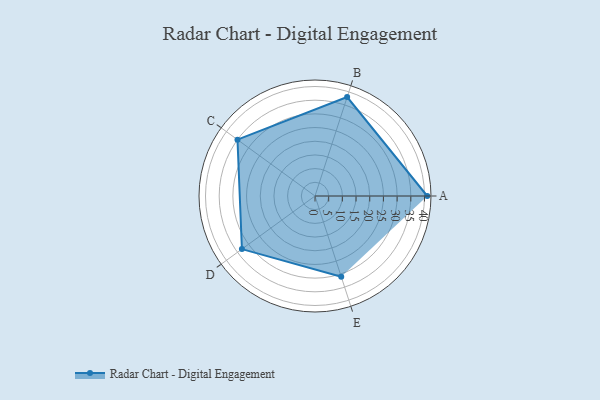
{"axis": {"x": "Skill", "y": "Score"}, "legend": ["Profile"], "data": [{"x": "A", "y": 41.0, "type": "Profile"}, {"x": "B", "y": 38.0, "type": "Profile"}, {"x": "C", "y": 35.0, "type": "Profile"}, {"x": "D", "y": 33.0, "type": "Profile"}, {"x": "E", "y": 31.0, "type": "Profile"}]}